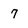
Character: 7